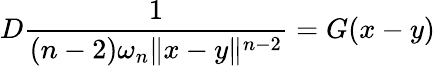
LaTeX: D{\frac{1}{(n-2)\omega_{n}\| x-y\| ^{n-2}}}=G(x-y)